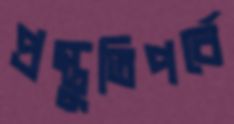
প্রস্তুতিপর্বে